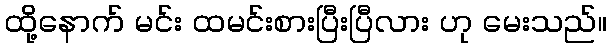
ထို့နောက် မင်း ထမင်းစားပြီးပြီလား ဟု မေးသည်။